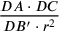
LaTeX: \frac { D A \cdot D C } { D B ^ { \prime } \cdot r ^ { 2 } }